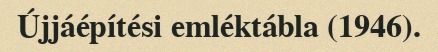
Újjáépítési emléktábla (1946).